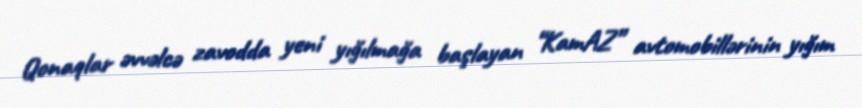
Qonaqlar əvvəlcə zavodda yeni yığılmağa başlayan “KamAZ” avtomobillərinin yığım